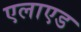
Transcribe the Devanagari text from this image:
एलाएड